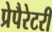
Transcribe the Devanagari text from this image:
प्रेपैरेटरी